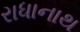
રાધાનાથ